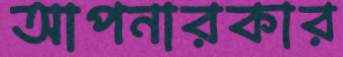
আপনারকার